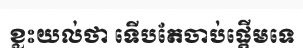
ខ្លះយល់ថា ទើបតែចាប់ផ្តើមទេ